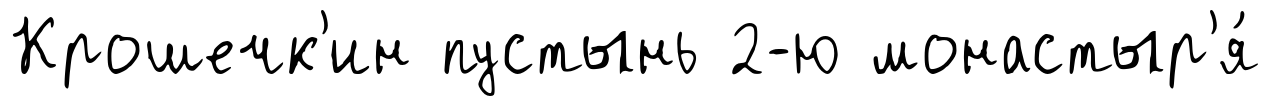
Крошечк'ин пустынь 2-ю монастыр'я́